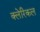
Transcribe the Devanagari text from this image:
क्लेरिकल